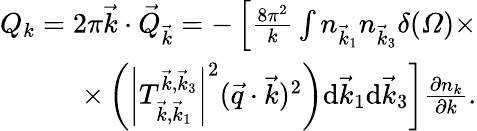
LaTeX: \begin{array}{r}{Q_{k}=2\pi\vec{k}\cdot\vec{Q}_{\vec{k}}=-\left[\frac{8\pi^{2}}k\int n_{\vec{k}_{1}}n_{\vec{k}_{3}}\delta(\varOmega)\times\right.}\\ {\left.\times\left(\left|T_{\vec{k},\vec{k}_{1}}^{\vec{k},\vec{k}_{3}}\right|^{2}(\vec{q}\cdot\vec{k})^{2}\right)\mathrm d\vec{k}_{1}\mathrm d\vec{k}_{3}\right]\frac{\partial n_{k}}{\partial k}.}\end{array}